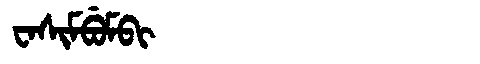
Manchu: ᠸᠠᠰᡳᠮᠪᡠᠮᠪᡳ
Romanization: WASIMBUMBI